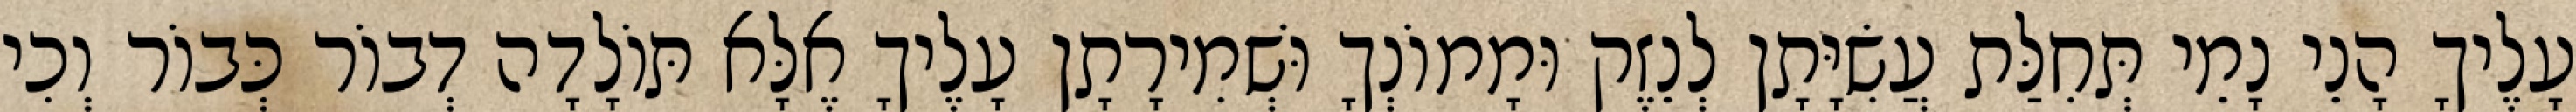
עָלֶיךָ הָנֵי נָמֵי תְּחִלַּת עֲשִׂיָּתָן לְנֵזֶק וּמָמוֹנְךָ וּשְׁמִירָתָן עָלֶיךָ אֶלָּא תּוֹלָדָה דְבוֹר כְּבוֹר וְכִי